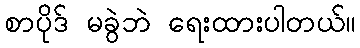
စာပိုဒ် မခွဲဘဲ ရေးထားပါတယ်။